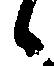
候